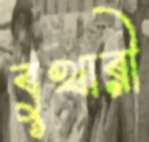
বুখারী